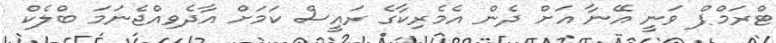
ޓްރަމްޕް ވަނީ އޭނާ އަށް ދެން އެމެރިކާގެ ރައީސް ކަމަށް އާދެވިއްޖެނަމަ ބްލެކް